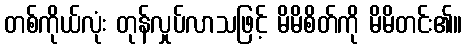
တစ်ကိုယ်လုံး တုန်လှုပ်လာသဖြင့် မိမိစိတ်ကို မိမိတင်း၏။